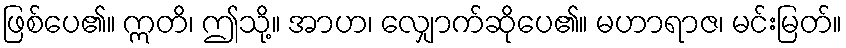
ဖြစ်ပေ၏။ ဣတိ၊ ဤသို့။ အာဟ၊ လျှောက်ဆိုပေ၏။ မဟာရာဇ၊ မင်းမြတ်။